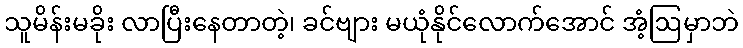
သူမိန်းမခိုး လာပြီးနေတာတဲ့၊ ခင်ဗျား မယုံနိုင်လောက်အောင် အံ့ဩမှာဘဲ